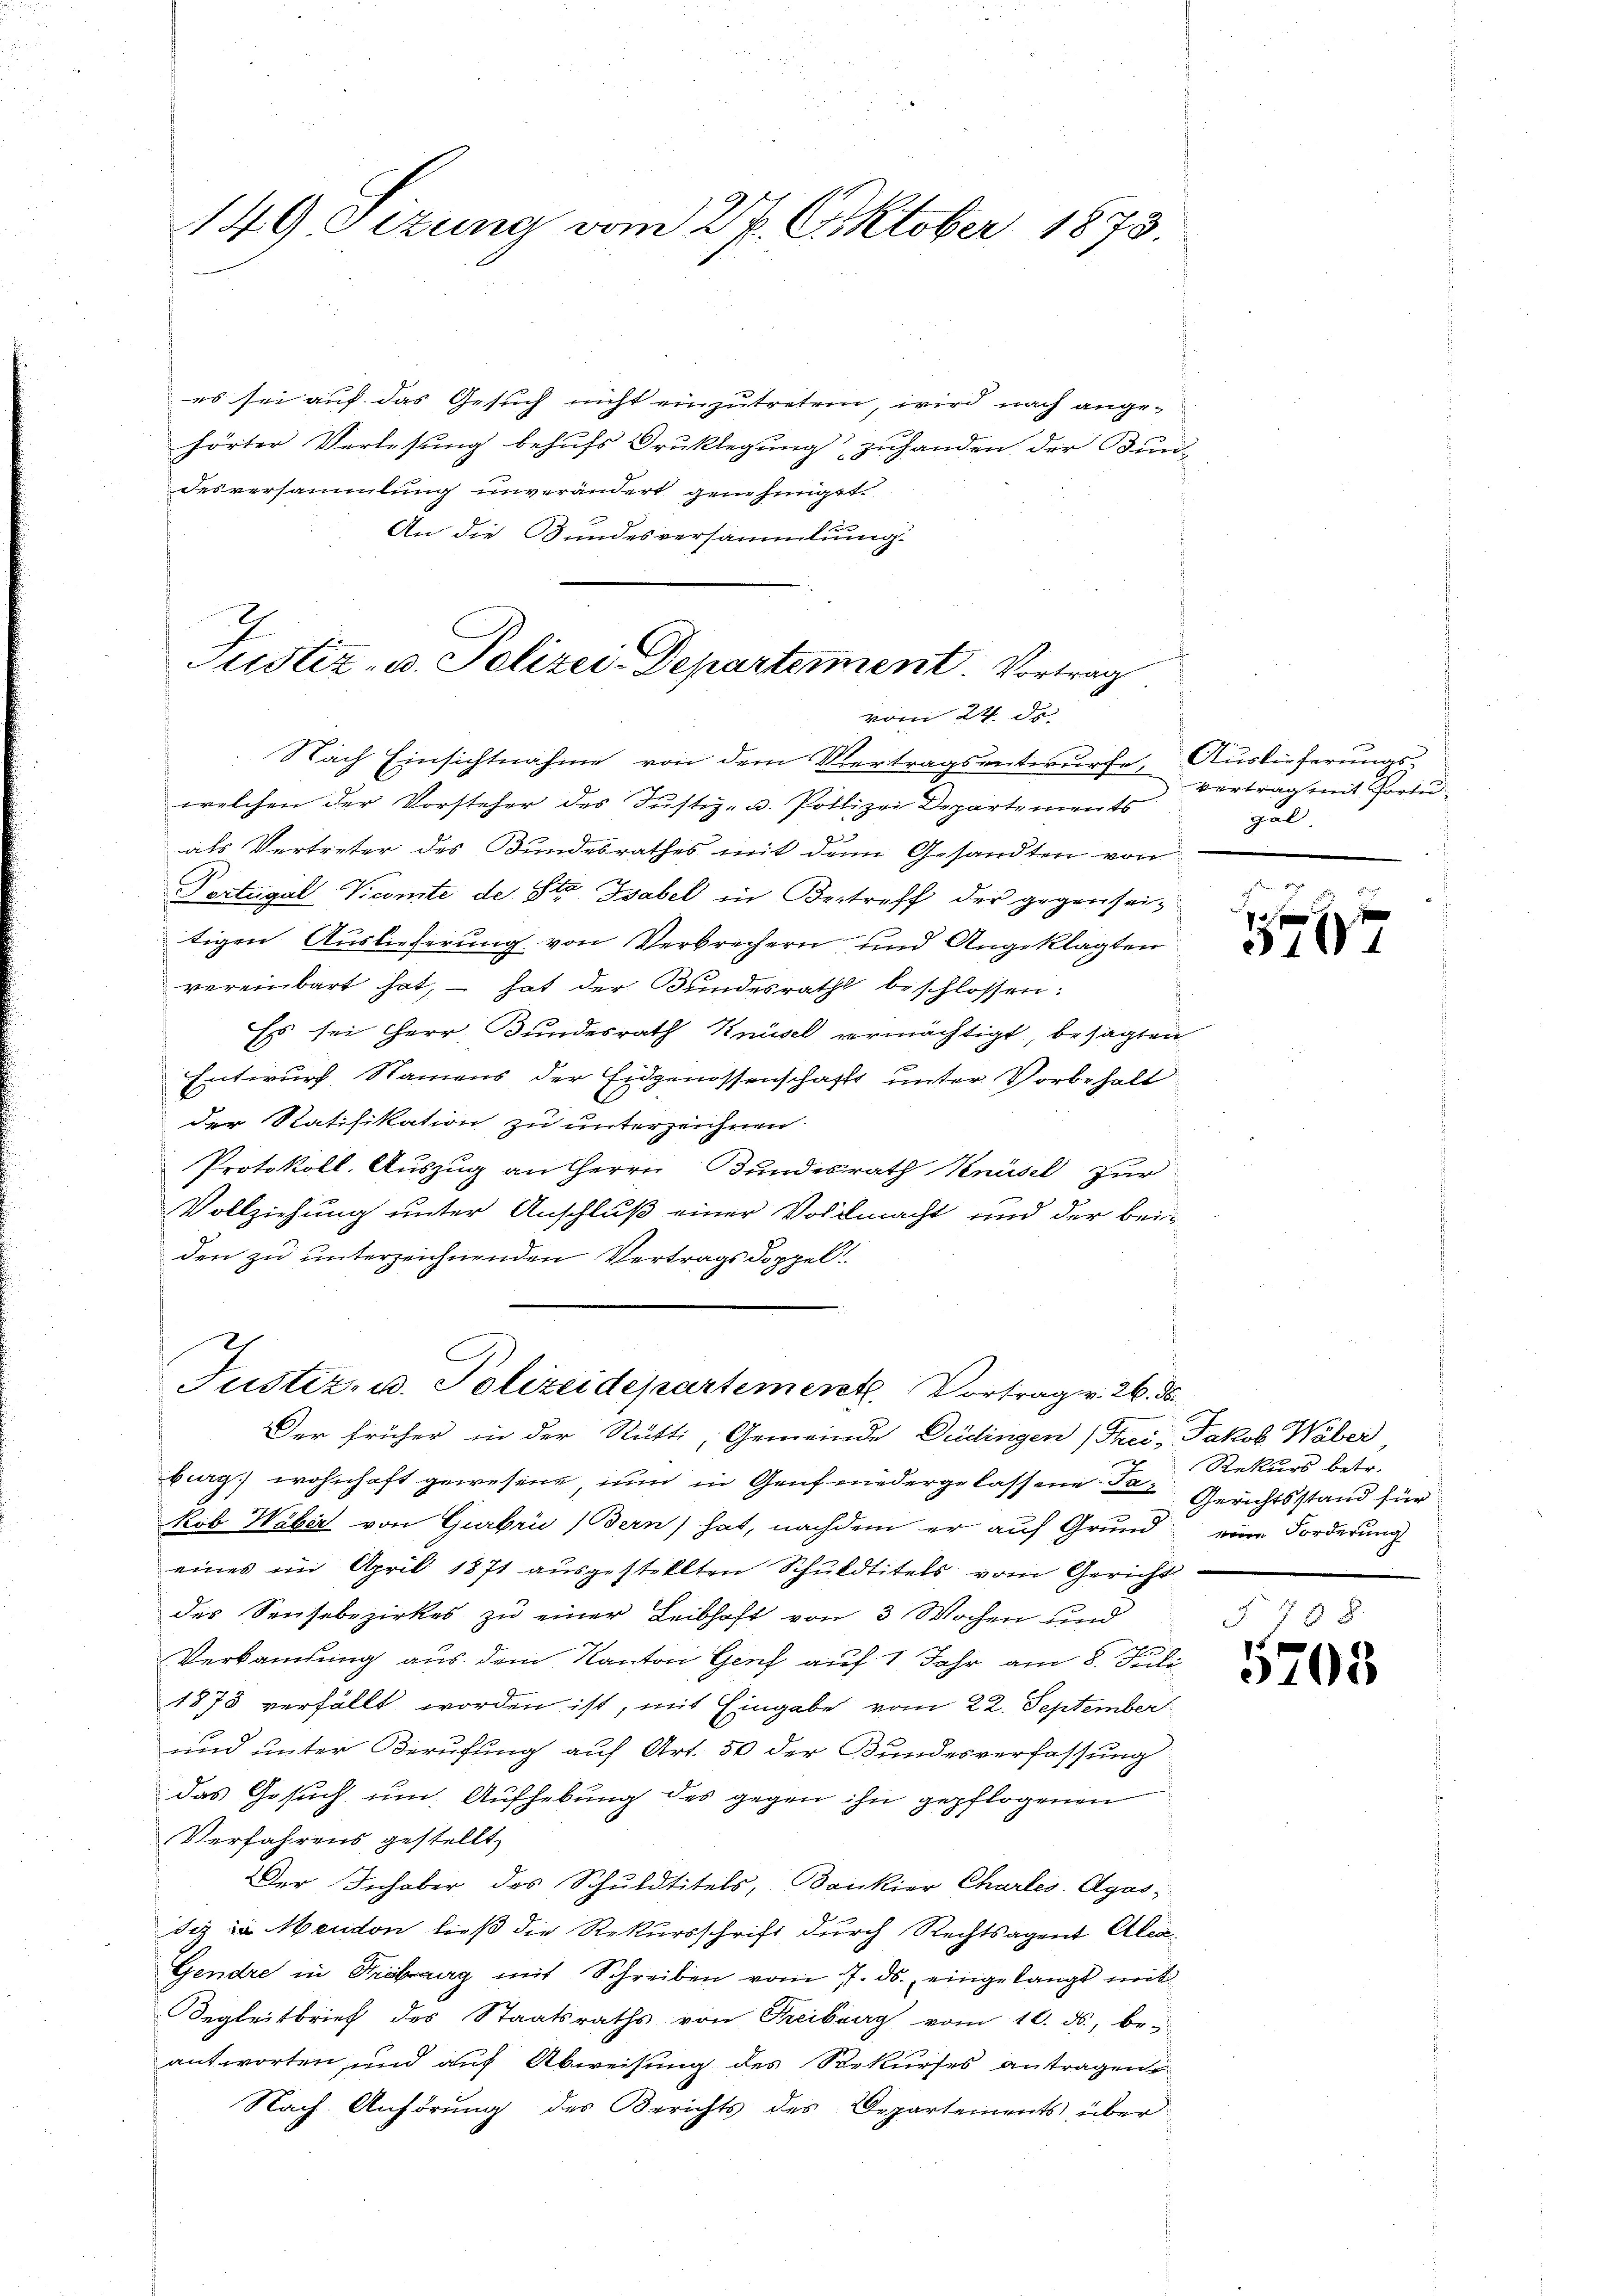
149 Sizung vom 27. Oktober 1873.

es sei auf das Gesuch nicht einzutreten, wird nach ange-
hörter Verlesung behufs Druklegung“ zuhanden der Bun-
desversammlung unverändert genehmigt.
An die Bundesversammlung.
vom 24. de
Nach Einsichtnahme von dem Vertragsentwurfe, Auslieferungswelchen der Vorsteher des Justiz- u. Polizei Departements
als Vertreter des Bundesrathes mit dem Gesandten von
Portugal-Vicomite der St. Gabel in Betreff der gegenseitigen Auslieferung von Verbrechern und Angeklagten
vereinbart hat, – hat der Bundesrath beschlossen:
Es sei Herr Bundesrath Knüsel vermächtigt, besagten
Entwurf, Namens der Eidgenossenschafts unter Vorbehalt
der Ratifikation zu unterzeichnen.
Protokoll. Auszug an Herrn Bundesrath Knüsel zur
Vollziehung unter Anschluß einer Vollmacht und der beiden zu unterzeichnenden Vertragsdoppel
Justiz- u. Polizeidepartement. Vortrag v. 26. ds.
Der früher in der Rütti, Gemeinde Düdingen (Thei- Jakob Waber
burg, wohnhaft gewesene, nun in Genf niedergelassene Ta-Gerichtsstand für
kob Waber von Gurbri (Bern hat, nachdem er auf Grund eine Forderung
eines im April 1871 ausgestellten Schuldtitels vom Gericht
des Sensebezirkes zu einer Leibhaft von 3 Wochen und
Verkamlung aus dem Kanton Genf auf 1 Jahr am 8. Juli
1878 verfällt worden ist, mit Eingabe vom 22. September
und unter Berufung auf Art. 50 der Bundesverfassung
das Gesuch um Aufhebung des gegen ihn gepflogenen
Verfahrens gestellt,
Der Inhaber des Schuldtitels, Bankier Charles, Agas¬
Sez in Mendon ließ die Rekursschrift durch Rechtsagent Aben
Gendre in Freiberg mit Schreiben vom 7. ds. eingelangt mit
Regleitbrief des Staatsraths von Freiberg vom 10. ds., be-
antworten, und auf Abweisung des Rekurses antragen.
Nach Anhörung des Berichts des Departements über

Justiz- u. Polizei-Departement. Vortrag

Vertrag mit Portu
gal.

1

Rekurs betr.
§ 758

5708